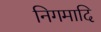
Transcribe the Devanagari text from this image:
निगमादि